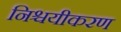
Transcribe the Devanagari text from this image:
निश्चयीकरण